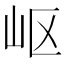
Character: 岖